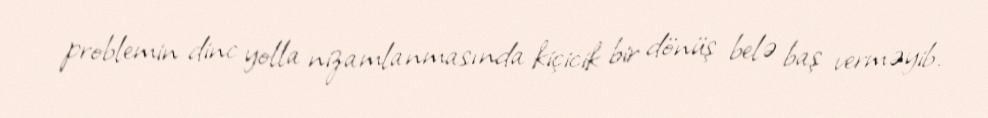
problemin dinc yolla nizamlanmasında kiçicik bir dönüş belə baş verməyib.